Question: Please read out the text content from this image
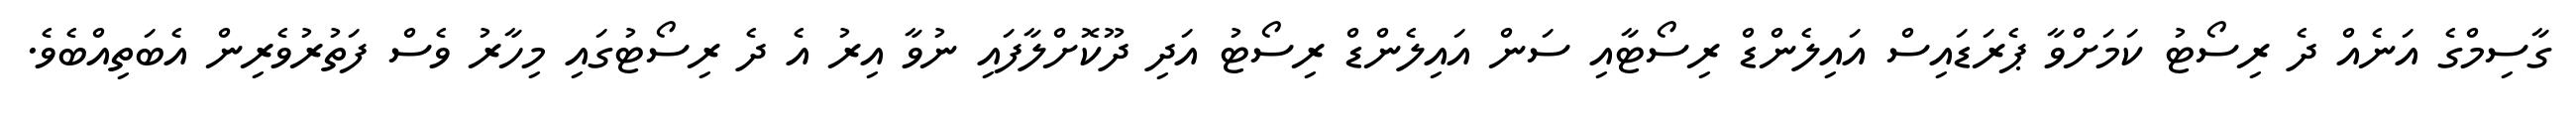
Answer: ގާސިމްގެ އަނެއް ދެ ރިސޯޓު ކަމަށްވާ ޕެރަޑައިސް އައިލެންޑް ރިސޯޓާއި ސަން އައިލެންޑް ރިސޯޓު އަދި ދޫކޮށްލާފައި ނުވާ އިރު އެ ދެ ރިސޯޓުގައި މިހާރު ވެސް ފަތުރުވެރިން އެބަތިއްބެވެ.